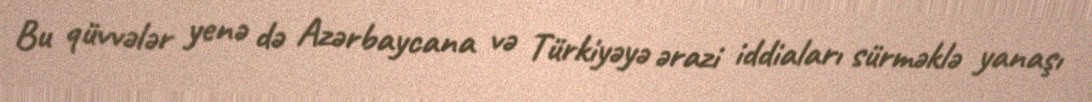
Bu qüvvələr yenə də Azərbaycana və Türkiyəyə ərazi iddiaları sürməklə yanaşı